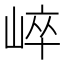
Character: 崪